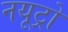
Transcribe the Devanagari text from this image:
नयूट्रो